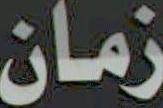
زمان